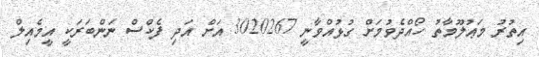
އިތުރު މަޢުލޫމާތު ހޯއްދެވުމަށް ގުޅުއްވާނީ 3020267 އަށް އަދި ފެކްސް ނަންބަރަކީ އީމެއިލް